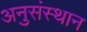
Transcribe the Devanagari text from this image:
अनुसंस्थान